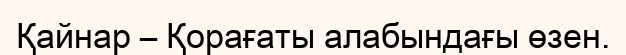
Қайнар – Қорағаты алабындағы өзен.